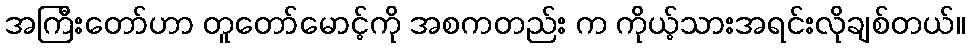
အကြီးတော်ဟာ တူတော်မောင့်ကို အစကတည်း က ကိုယ့်သားအရင်းလိုချစ်တယ်။